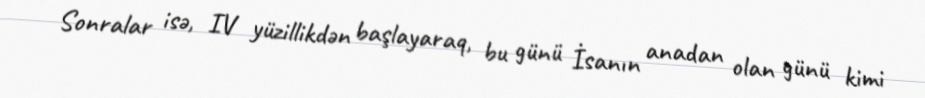
Sonralar isə, IV yüzillikdən başlayaraq, bu günü İsanın anadan olan günü kimi